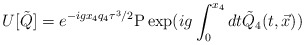
\begin{align*}U[{\tilde Q}] = e^{- i g x_4 q_4 \tau^3/2} {\rm P} \exp ( i g \int_0^{x_4} dt{\tilde Q}_4(t,{\vec x}) )\end{align*}